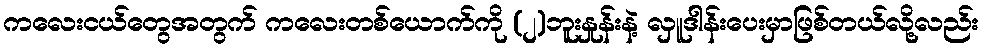
ကလေးငယ်တွေအတွက် ကလေးတစ်ယောက်ကို (၂)ဘူးနှုန်းနဲ့ လှူဒါန်းပေးမှာဖြစ်တယ်လို့လည်း